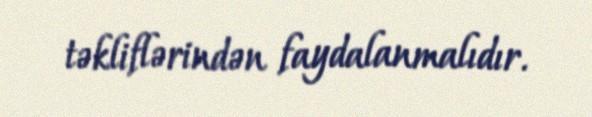
təkliflərindən faydalanmalıdır.